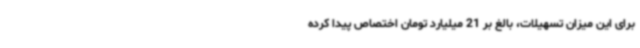
برای این میزان تسهیلات، بالغ بر 21 میلیارد تومان اختصاص پیدا کرده